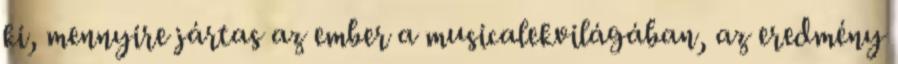
ki, mennyire jártas az ember a musicalekvilágában, az eredmény